Leningradi_Edasi_toimetus, lk 32
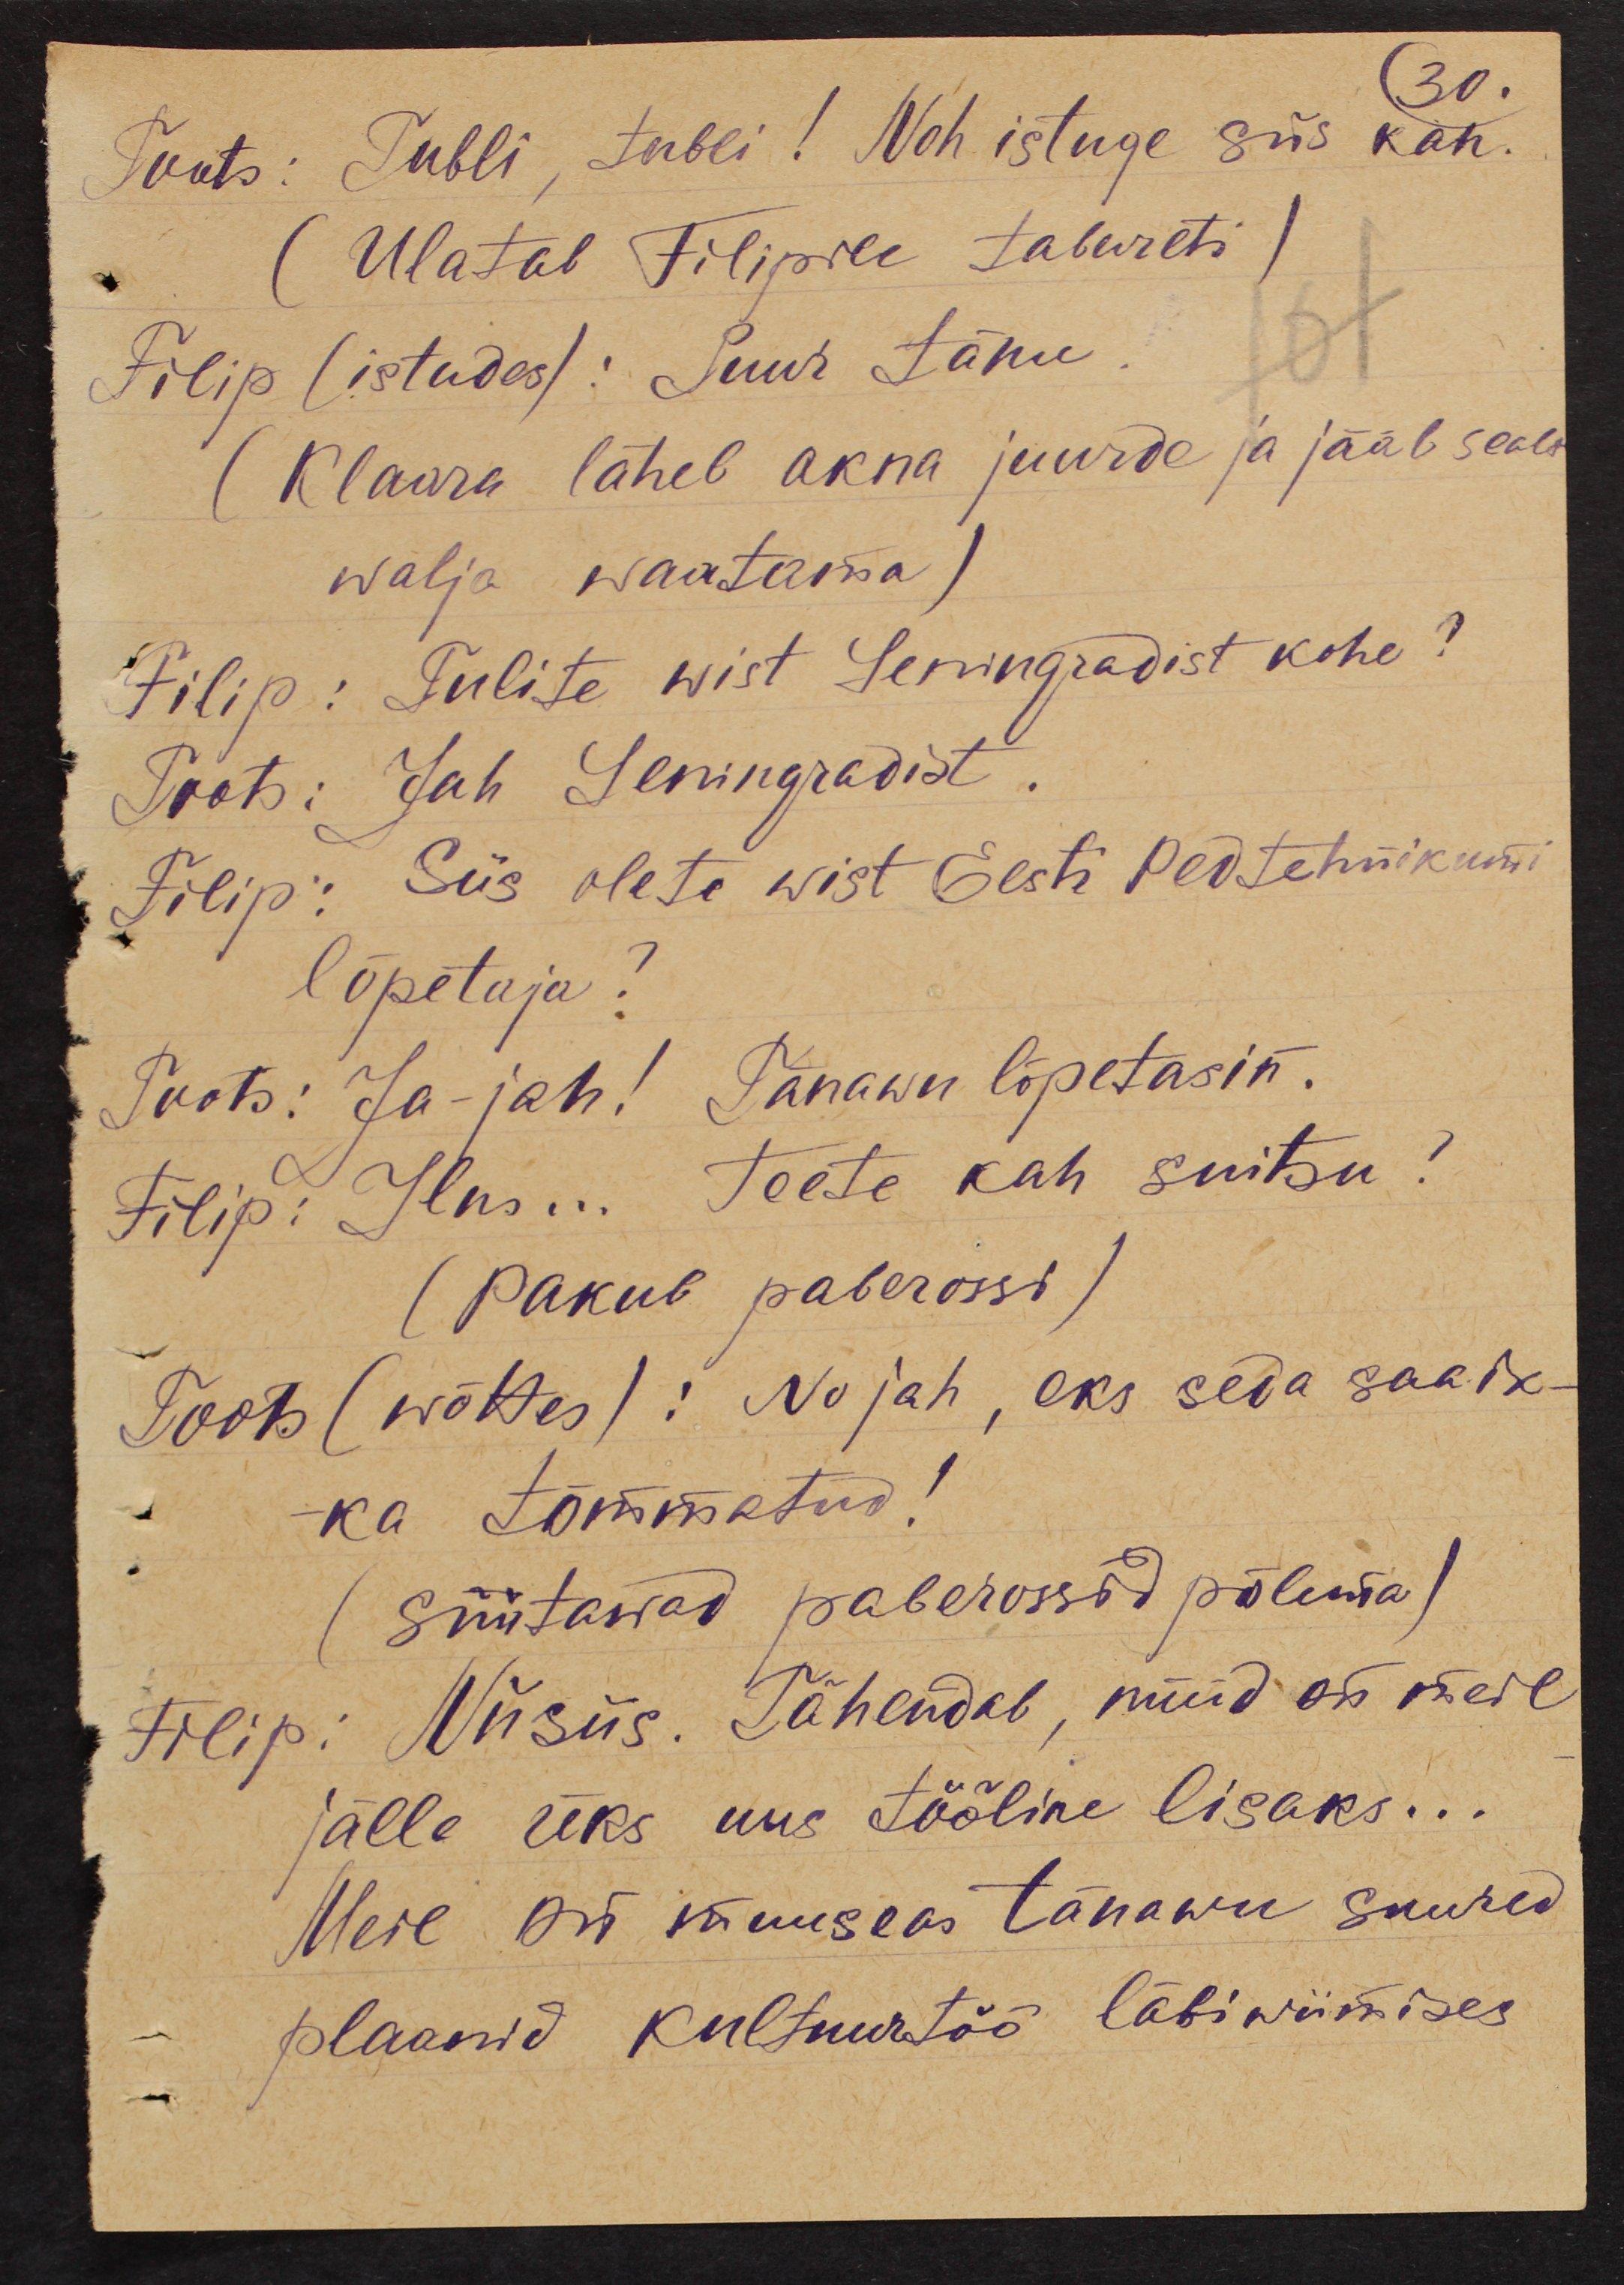
30.
Toots: Tubli, tubli! Noh istuge siis kah.
(Ulatab Filipile tabureti)
Filip (istudes): Suur tänu
(Klaara läheb akna juurde ja jääb sealt
walja waatama)
Filip: Tulite wist Leningradist kohe?
Toots: Jah Leningradist.
Filip: Siis olete wist Eesti Pedtehnikumi
lõpetaja?
Toots: Ja-jah! Tänawu lõpetasin.
Filip: Ilus... Teete kah suitsu?
(Pakub paberossi)
Toots (wõttes): No jah, eks seda saa ik-
ka tõmmatud!
(Süütawad paberossid põlema)
Filip: Niisiis. Tähendab, nüüd on meil
jälle üks uus tööline lisaks...
Meil on muuseas tänawu suured
plaanid kultuuratöö läbiwiimises